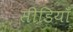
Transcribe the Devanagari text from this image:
सीडियाँ